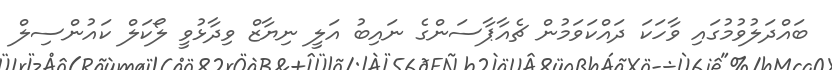
ބައްދަލުވުމުގައި ވާހަކަ ދައްކަވަމުން ޗެއާޕާސަންގެ ނައިބު އަލީ ނިޔާޒް ވިދާޅުވީ ލޯކަލް ކައުންސިލް